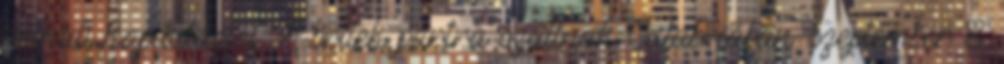
nélküli kapitulációt. A britek partra szállnak Calabriában. szeptember 8.